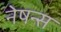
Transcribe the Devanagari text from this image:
नेषन्स